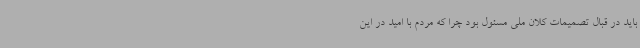
باید در قبال تصمیمات کلان ملی مسئول بود چرا که مردم با امید در این